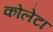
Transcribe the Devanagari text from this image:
कोलेटा